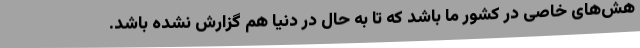
هش‌های خاصی در کشور ما باشد که تا به حال در دنیا هم گزارش نشده باشد.